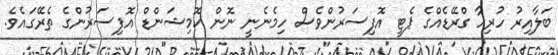
ބަލާއިރު ހުރިހާ ގްރޭޑެއްގެ ޕެޓީ އޮފިސަރުންވެސް ހިމެނެނީ ނޮން ކޮމިޝަންޑް އޮފިސަރުންގެ ތެރޭގައެވެ.